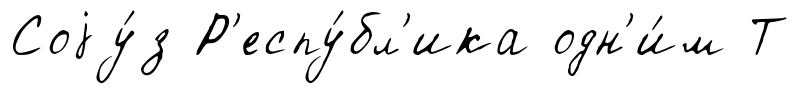
Соjу́з Р'еспу́бл'ика одн'и́м Т